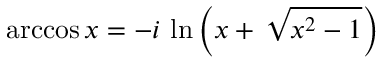
\operatorname { a r c c o s } x = - i \, \ln \left( x + \, { \sqrt { x ^ { 2 } - 1 } } \right)